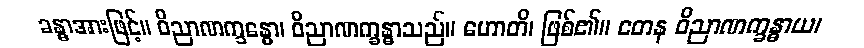
ခန္ဓာအားဖြင့်။ ဝိညာဏက္ခန္ဓော၊ ဝိညာဏက္ခန္ဓာသည်။ ဟောတိ၊ ဖြစ်၏။ တေန ဝိညာဏက္ခန္ဓာယ၊